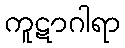
ကူဋာဂါရာ